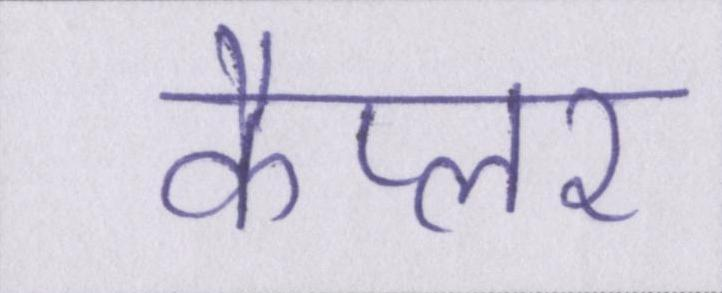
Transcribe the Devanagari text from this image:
कैप्लर